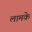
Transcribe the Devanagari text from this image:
लामके